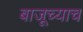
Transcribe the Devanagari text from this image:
बाजूच्याच